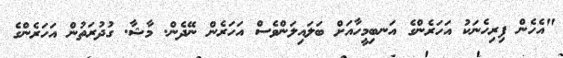
"އެހެން ފިރިހެނަކު އަހަރެންގެ އަނބިމީހާއަށް ބަލައިލަންވެސް އަހަރެން ނޭދެން. މާޝާ. ގުދުރަތުން އަހަރެންގެ